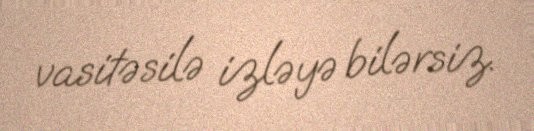
vasitəsilə izləyə bilərsiz.